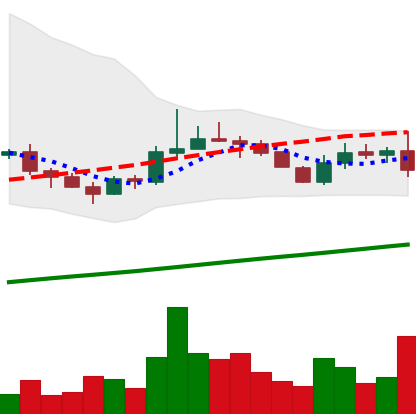
Ticker: LINK-USD
Chart end date: 2019-08-14
Forward return: 10.303%
Label: up_7plus